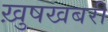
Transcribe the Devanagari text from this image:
ख़ुषखबरी